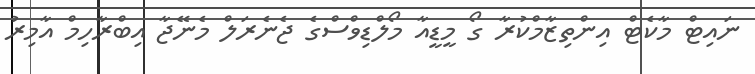
ނައިޓް މާކެޓް އިންތިޒާމްކުރާ ގޯ މީޑީއާ މޯލްޑިވްސްގެ ޖެނެރަލް މެނޭޖާ އިބްރާހިމް އާމިރު